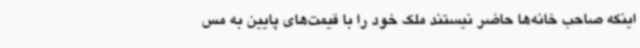
اینکه صاحب خانه‌ها حاضر نیستند ملک خود را با قیمت‌های پایین به مس